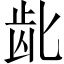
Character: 龀